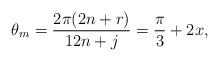
LaTeX: \begin{align*} \theta_m = \frac{2 \pi (2n+r)}{12n+j} = \frac{\pi}{3} + 2x,\end{align*}